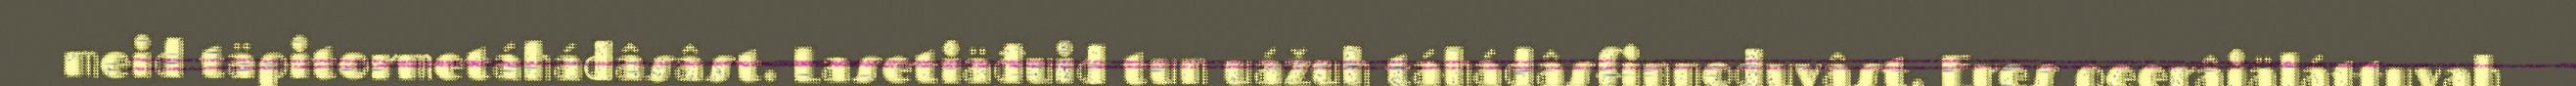
meid täpitormetáhádâsâst. Lasetiäđuid tun uážuh táhádâsfinnoduvâst. Eres peerâiäláttuvah